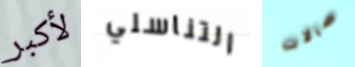
لأكبر التناسلي صالات